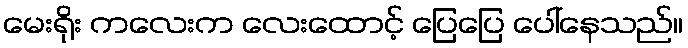
မေးရိုး ကလေးက လေးထောင့် ပြေပြေ ပေါ်နေသည်။